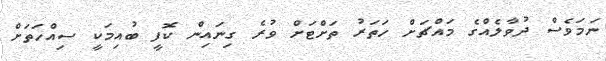
ނަމަވެސް ދުވާލެއްގެ މައްޗަށް ހަތަރު ތަށްޓަށް ވުރެ ގިނައިން ކޮފީ ބުއިމަކީ ސިއްހަތަށް